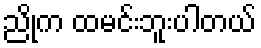
ညိုက ထမင်းဘူးပါတယ်